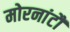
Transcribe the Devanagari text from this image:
मोरनांटौ